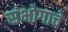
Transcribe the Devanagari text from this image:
संभोगाचे